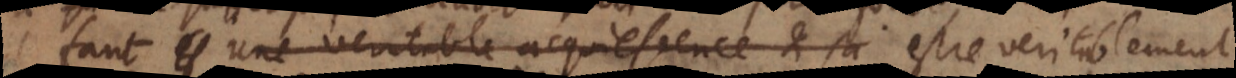
faut une veritable acquiescence et sa estre veritablement